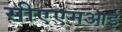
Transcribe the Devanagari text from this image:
सीएएमआई